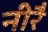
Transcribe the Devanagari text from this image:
नीरै